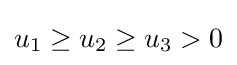
u_{1}\geq u_{2}\geq u_{3}>0